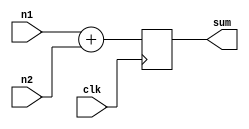
module adder_a(clk, n1, n2, sum);

input clk;
input signed [15:0] n1, n2;
output reg signed [16:0] sum;

wire signed [16:0] sum_i_next;

assign sum_i_next = n1 + n2;

always @ (posedge clk)
	sum <= sum_i_next;

endmodule